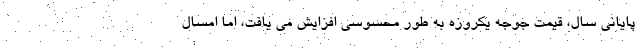
پایانی سال، قیمت جوجه یکروزه به طور محسوسی افزایش می یافت، اما امسال